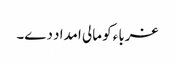
غرباء کو مالی امداد دے۔